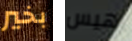
بخير هيس